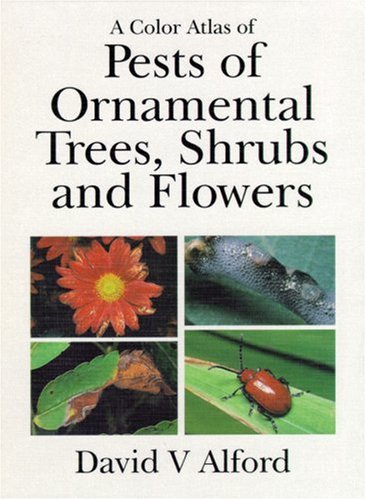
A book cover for A Color Atlas of Pests of Ornamental Trees, Shrubs, and Flowers; D. V. Alford; Crafts, Hobbies & Home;